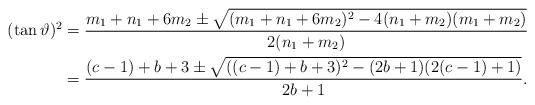
LaTeX: \begin{align*}(\tan \vartheta) ^2&=\frac{m_{1}+n_{1} +6m_{2} \pm \sqrt{(m_{1}+n_{1} +6m_{2})^2- 4(n_{1} +m_{2})(m_{1} +m_{2}) } }{2(n_{1} + m_{2} )}\\&=\frac{(c-1)+b +3 \pm \sqrt{((c-1)+b +3)^2- (2b +1)(2(c-1) +1) } }{2b + 1}.\end{align*}